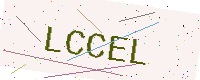
Text: LCCEL